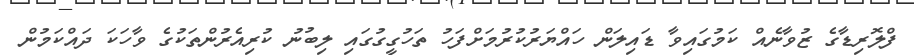
ފްލޮރިޑާގެ ޒުވާނެއް ކަމުގައިވާ ޑައިލަން ހައްޔަރުކުރުމަށްފަހު ތަހުގީގުގައި ލިބުނު ކުރިއެރުންތަކުގެ ވާހަކަ ދައްކަމުން